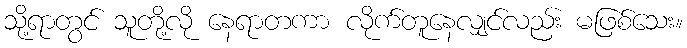
သို့ရာတွင် သူတို့လို နေရာတကာ လိုက်တူနေလျှင်လည်း မဖြစ်သေး။